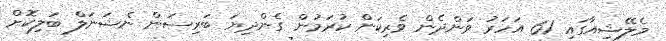
މެލޭޝިއާގައި 61 އަހަރު ވަންދެން ވެރިކަން ކުރަމުން ގެންދިޔަ ބަރިސަން ނެޝަނަލް ބަލިކޮށް